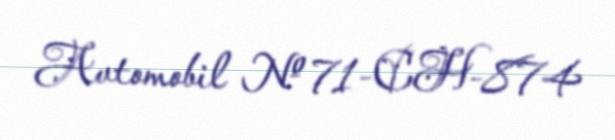
Avtomobil № 71-CH-874